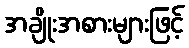
အချိုးအစားများဖြင့်